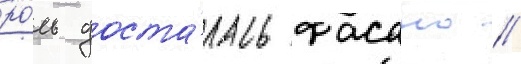
ро́ль доста́лась фасано //